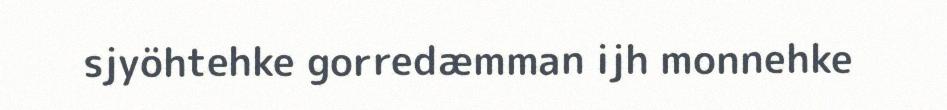
sjyöhtehke gorredæmman ijh monnehke